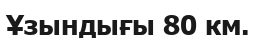
Ұзындығы 80 км.